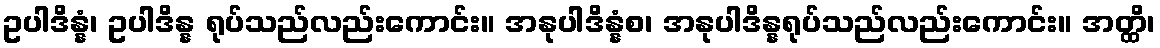
ဥပါဒိန္နံ၊ ဥပါဒိန္န ရုပ်သည်လည်းကောင်း။ အနုပါဒိန္နံစ၊ အနုပါဒိန္နရုပ်သည်လည်းကောင်း။ အတ္ထိ၊